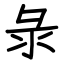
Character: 彔